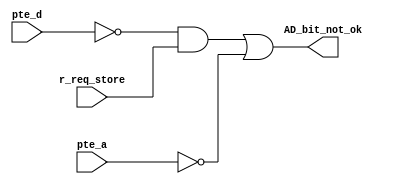
module access_dirty_check_unit(
	input r_req_store,
	input pte_a,
	input pte_d,

	output AD_bit_not_ok
	);

	assign AD_bit_not_ok = !pte_d && r_req_store || !pte_a;

endmodule